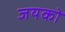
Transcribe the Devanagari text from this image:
जयको